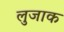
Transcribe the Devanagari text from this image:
लुजाक